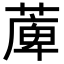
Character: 𦸣